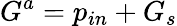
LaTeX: G^{a}=p_{in}+G_{s}